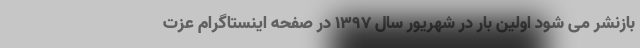
بازنشر می شود اولین بار در شهریور سال 1397 در صفحه اینستاگرام عزت